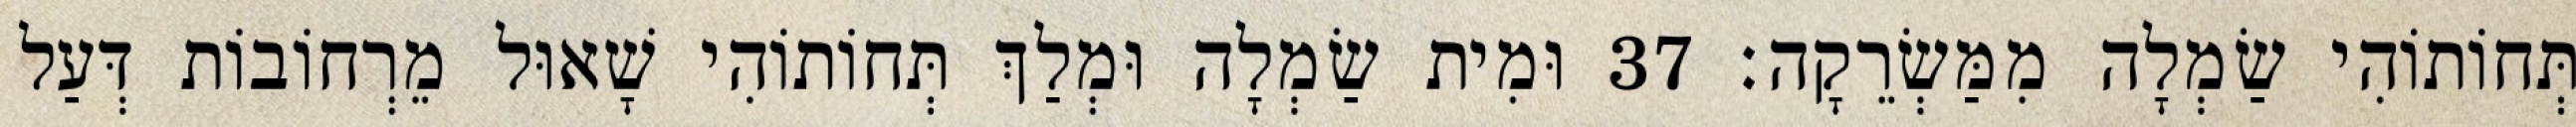
תְּחוֹתוֹהִי שַׂמְלָה מִמַּשְׂרֵקָה׃ 37 וּמִית שַׂמְלָה וּמְלַךְ תְּחוֹתוֹהִי שָׁאוּל מֵרְחוֹבוֹת דְּעַל